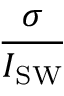
\frac { \sigma } { I _ { \mathrm { S W } } }